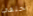
اختفي